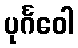
ပုင်္ဂဝေါ